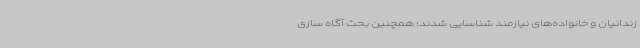
زندانیان و خانواده‌های نیازمند شناسایی شدند؛ همچنین بحث آگاه سازی